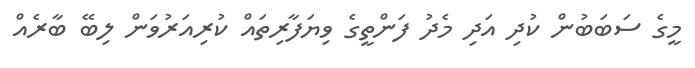
މީގެ ސަބަބުން ކުދި އަދި މެދު ފަންތީގެ ވިޔަފާރިތައް ކުރިއަރުވަން ލިބޭ ބާރެއް